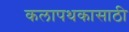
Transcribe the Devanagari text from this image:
कलापथकासाठी